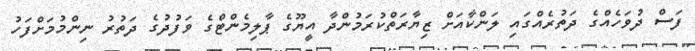
ފަސް ދުވަހެއްގެ ދަތުރެއްގައި ލަންކާއަށް ޒިޔާރަތްކުރަމުންދާ އީޔޫގެ ޕާލިމެންޓްގެ ވަފުދުގެ ދަތުރު ނިންމުމަށްފަހު